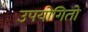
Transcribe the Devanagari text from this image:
उपयोगितो